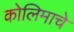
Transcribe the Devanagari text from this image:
कोलिमाचे